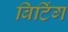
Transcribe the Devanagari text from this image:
बिटिंग